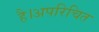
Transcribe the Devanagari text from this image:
है।अपरिचित